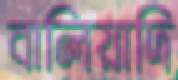
বালিয়াদি